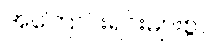
အကြောင်းရင်းများစွာ